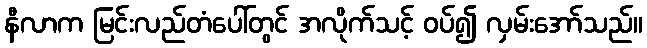
နီလာက မြင်းလည်တံပေါ်တွင် အလိုက်သင့် ဝပ်၍ လှမ်းအော်သည်။